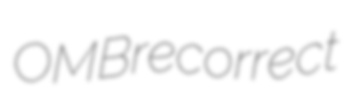
OMB recorrect